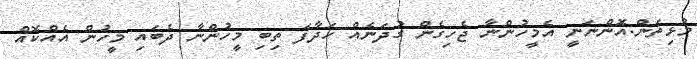
މުޅިތަން.އޮންނަނީ އެމީހުންނާ ޖެހިގެން ގުދަނެއް ހަދާފަ ތިބި މީހުންނާ ދެބައި މީހުން އެއްކޮއް